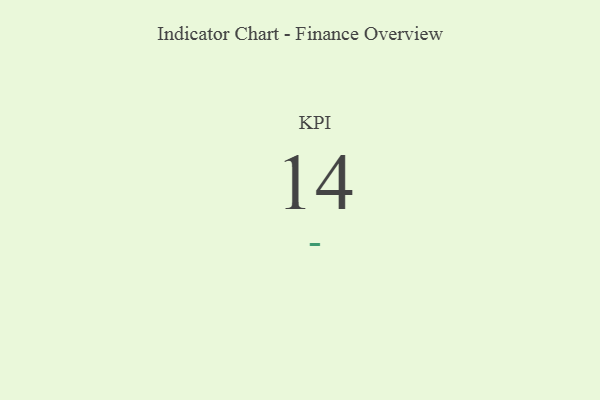
{"axis": {"x": "KPI", "y": "Value"}, "legend": [""], "data": [{"x": "KPI", "y": 14, "type": ""}]}